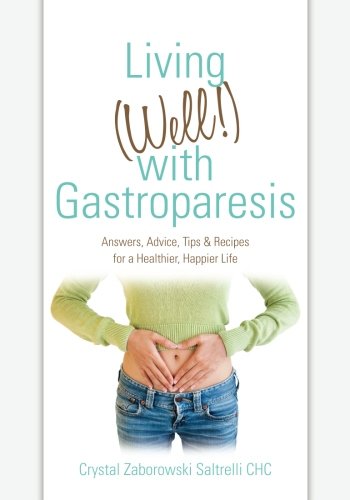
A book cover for Living (Well!) with Gastroparesis: Answers, Advice, Tips & Recipes for a Healthier, Happier Life; Crystal Zaborowski Saltrelli CHC; Health, Fitness & Dieting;